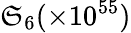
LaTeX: \mathfrak{S}_{6}(\times10^{55})